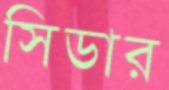
সিডার